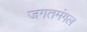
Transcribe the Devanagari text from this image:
जगतमंगल